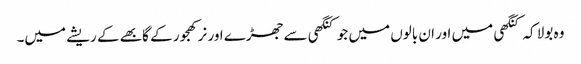
وہ بولا کہ کنگھی میں اور ان بالوں میں جو کنگھی سے جھڑے اور نر کھجور کے گابھے کے ریشے میں۔